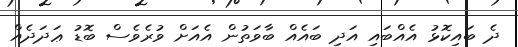
ދެ ބައިކޮޅު އެއްބައި އަދި ބައެއް ބާވަތުން އެއަށް ވުރެވެސް ބޮޑު ޢަދަދެއް